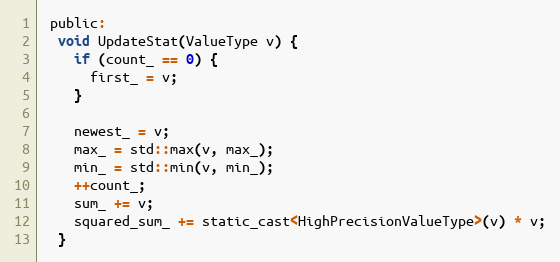
Language: C
 public:
  void UpdateStat(ValueType v) {
    if (count_ == 0) {
      first_ = v;
    }

    newest_ = v;
    max_ = std::max(v, max_);
    min_ = std::min(v, min_);
    ++count_;
    sum_ += v;
    squared_sum_ += static_cast<HighPrecisionValueType>(v) * v;
  }